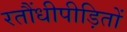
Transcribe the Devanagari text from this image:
रतौंधीपीड़ितों